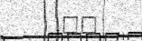
٣٧